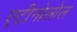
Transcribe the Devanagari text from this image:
एटीनोलोल